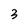
Character: 3